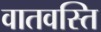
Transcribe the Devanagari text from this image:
वातवस्ति